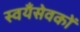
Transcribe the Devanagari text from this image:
स्वयँसेवकों